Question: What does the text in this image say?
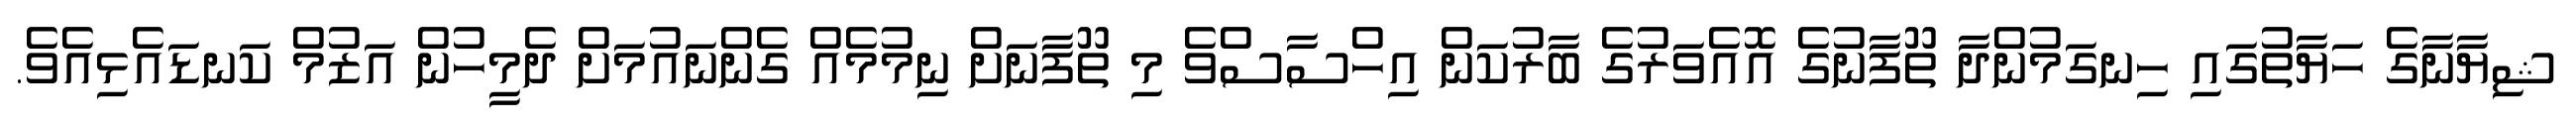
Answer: ޝިޔާނާގެ ހަޔާތުގައި ހިނގަމުންދާ ތޫފާނުގެ އޮއެވަރުގެ ބާރުކަން އިހްސާސްވެ މި ތޫފާނަށް ނިމުމެއް ގެންނައުމަށް ދެމީހުން އަޒުމް ކަނޑައެޅިއެވެ.